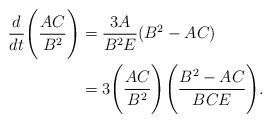
LaTeX: \begin{align*}\frac{d}{dt}\Bigg(\frac{AC}{B^2}\Bigg)&=\frac{3A}{B^2E}(B^2-AC)\\&=3\Bigg(\frac{AC}{B^2}\Bigg)\Bigg(\frac{B^2-AC}{BCE}\Bigg).\end{align*}